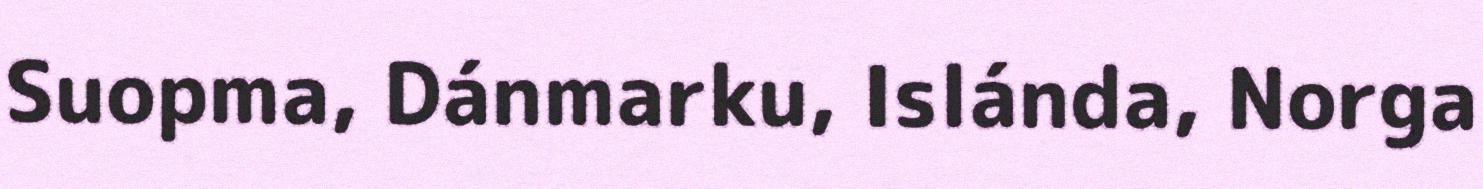
Suopma, Dánmarku, Islánda, Norga